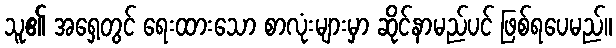
သူ၏ အရှေ့တွင် ရေးထားသော စာလုံးများမှာ ဆိုင်နာမည်ပင် ဖြစ်ရပေမည်။